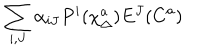
\sum _ { i , J } \alpha _ { i J } P ^ { i } ( \chi _ { \Delta } ^ { a } ) E ^ { J } ( C ^ { a } )